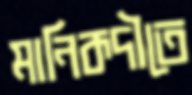
মানিকদীতে